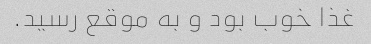
غذا خوب بود و به موقع رسید.